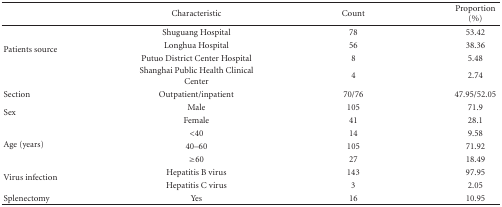
|  | Characteristic | Count | Proportion (%) |
 | --- | --- | --- | --- |
 | <ROWSPAN=4> Patients source | Shuguang Hospital | 78 | 53.42 |
 | Longhua Hospital | 56 | 38.36 |
 | Putuo District Center Hospital | 8 | 5.48 |
 | Shanghai Public Health Clinical Center | 4 | 2.74 |
 | Section | Outpatient/inpatient | 70/76 | 47.95/52.05 |
 | <ROWSPAN=2> Sex | Male | 105 | 71.9 |
 | Female | 41 | 28.1 |
 | <ROWSPAN=3> Age (years) | <40 | 14 | 9.58 |
 | 40–60 | 105 | 71.92 |
 | ≥60 | 27 | 18.49 |
 | <ROWSPAN=2> Virus infection | Hepatitis B virus | 143 | 97.95 |
 | Hepatitis C virus | 3 | 2.05 |
 | Splenectomy | Yes | 16 | 10.95 |